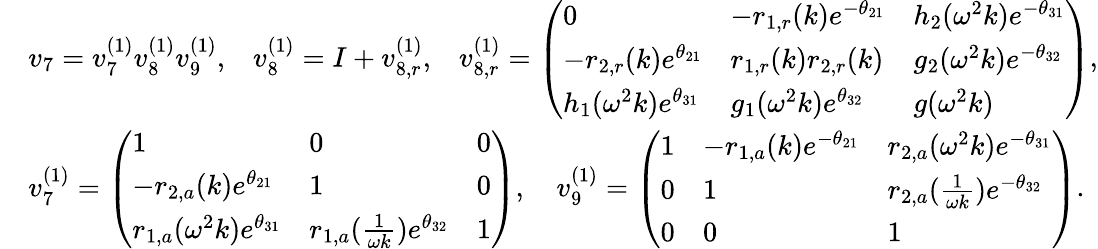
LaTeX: \begin{array}{rl}&{v_{7}=v_{7}^{(1)}v_{8}^{(1)}v_{9}^{(1)},\; \; \; v_{8}^{(1)}=I+v_{8,r}^{(1)},\; \; \; v_{8,r}^{(1)}=\left(\begin{array}{lll}{0}&{-r_{1,r}(k)e^{-\theta_{21}}}&{h_{2}(\omega^{2}k)e^{-\theta_{31}}}\\ {-r_{2,r}(k)e^{\theta_{21}}}&{r_{1,r}(k)r_{2,r}(k)}&{g_{2}(\omega^{2}k)e^{-\theta_{32}}}\\ {h_{1}(\omega^{2}k)e^{\theta_{31}}}&{g_{1}(\omega^{2}k)e^{\theta_{32}}}&{g(\omega^{2}k)}\end{array}\right),}\\ &{v_{7}^{(1)}=\left(\begin{array}{lll}{1}&{0}&{0}\\ {-r_{2,a}(k)e^{\theta_{21}}}&{1}&{0}\\ {r_{1,a}(\omega^{2}k)e^{\theta_{31}}}&{r_{1,a}(\frac{1}{\omega k})e^{\theta_{32}}}&{1}\end{array}\right),\quad v_{9}^{(1)}=\left(\begin{array}{lll}{1}&{-r_{1,a}(k)e^{-\theta_{21}}}&{r_{2,a}(\omega^{2}k)e^{-\theta_{31}}}\\ {0}&{1}&{r_{2,a}(\frac{1}{\omega k})e^{-\theta_{32}}}\\ {0}&{0}&{1}\end{array}\right).}\end{array}